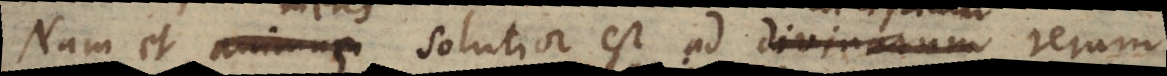
Nam et animus solutior est ad divinarum rerum